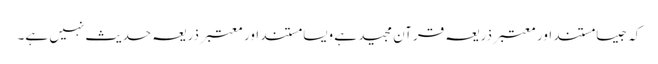
کہ جیسا مستند اور معتبر ذریعہ قرآن مجید ہے ویسا مستند اور معتبر ذریعہ حدیث نہیں ہے۔